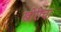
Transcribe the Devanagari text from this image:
खीरीचा